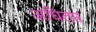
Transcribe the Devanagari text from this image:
अधितप्त